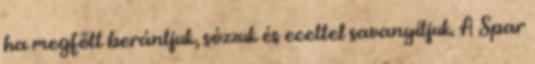
ha megfőtt berántjuk, sózzuk és ecettel savanyítjuk. A Spar